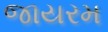
જાયરમ